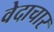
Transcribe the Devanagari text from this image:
वेदाचार